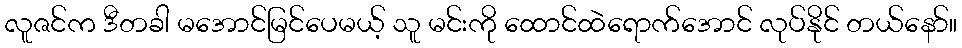
လူဇင်က ဒီတခါ မအောင်မြင်ပေမယ့် သူ မင်းကို ထောင်ထဲရောက်အောင် လုပ်နိုင် တယ်နော်။